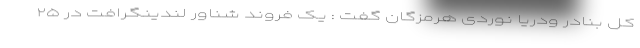
کل بنادر ودریا نوردی هرمزگان گفت : یک فروند شناور لندینگرافت در ۲۵